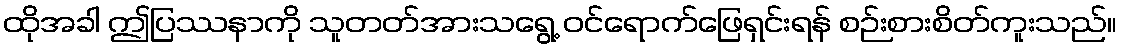
ထိုအခါ ဤပြဿနာကို သူတတ်အားသရွေ့ ဝင်ရောက်ဖြေရှင်းရန် စဉ်းစားစိတ်ကူးသည်။